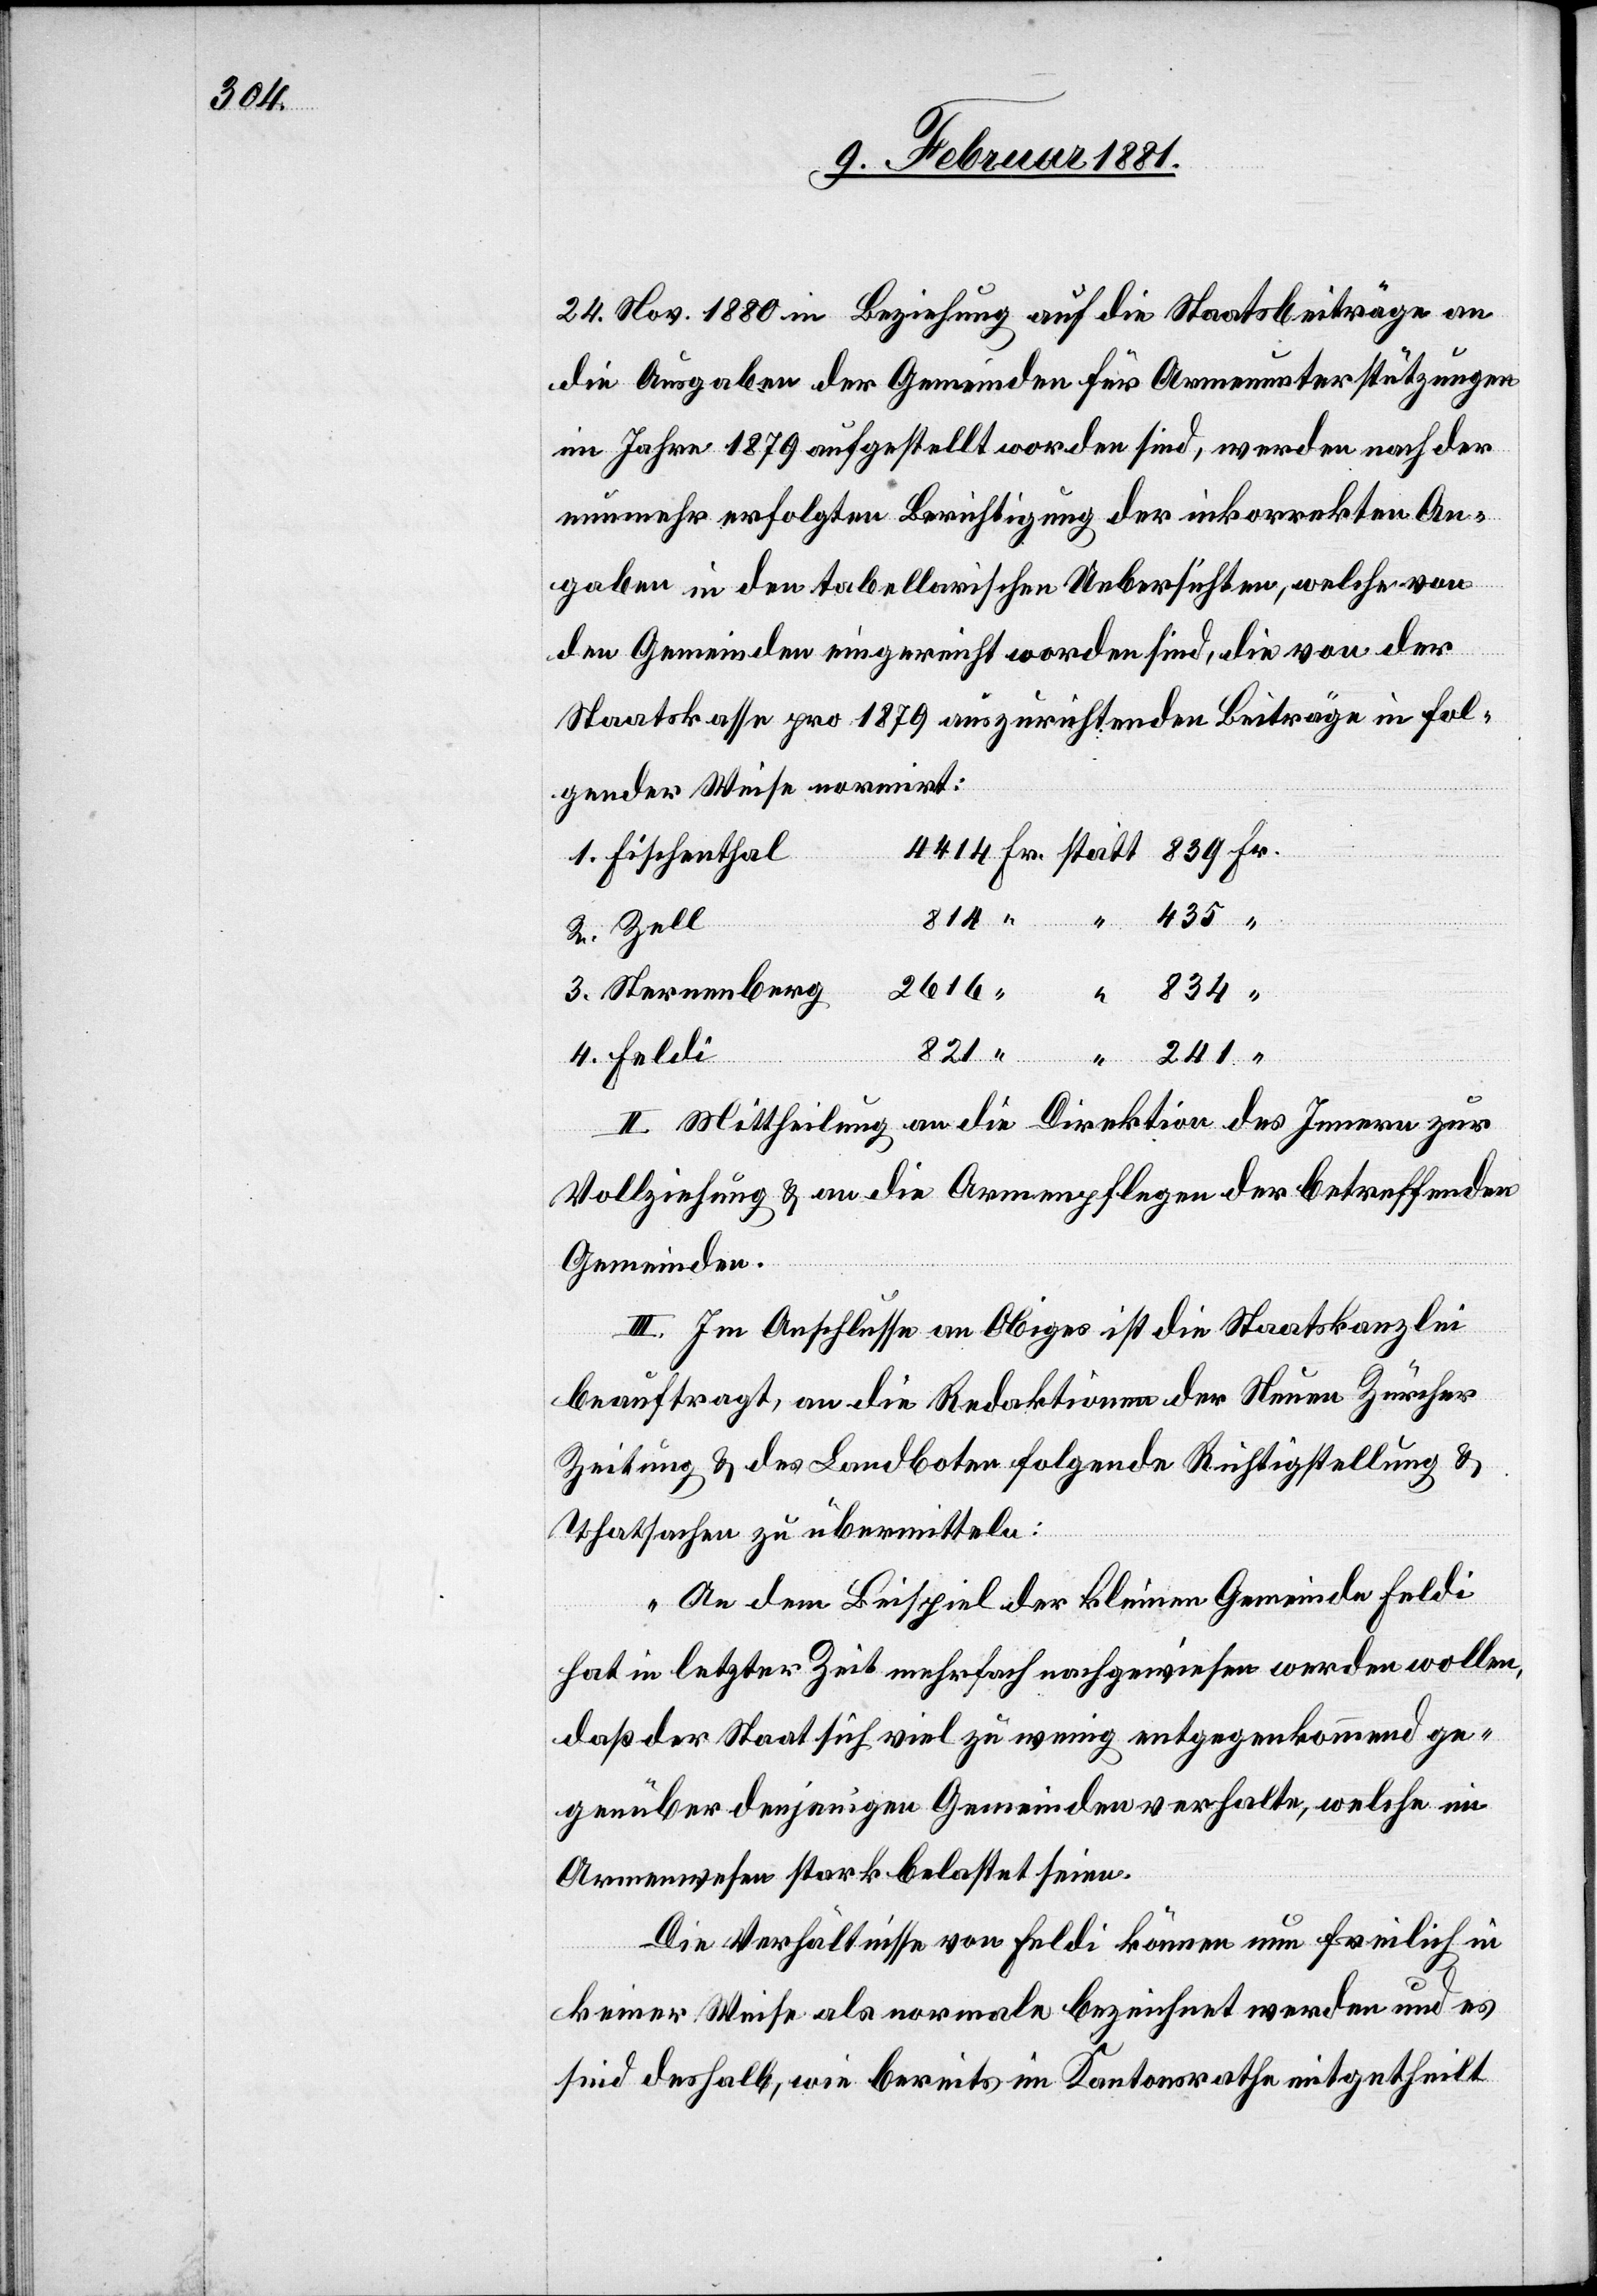
834

24. Nov. 1880 in Beziehung auf die Staatsbeiträge an
die Ausgaben der Gemeinden für Armenunterstützungen
im Jahre 1879 aufgestellt worden sind, werden nach der
nunmehr erfolgten Berichtigung der inkorrekten An¬
gaben in den tabellarischen Uebersichten, welche von
den Gemeinden eingereicht worden sind, die von der
Staatskasse pro 1879 auszurichtenden Beiträge in fol¬
gender Weise normirt:
Fischenthal
821
241
II. Mittheilung an die Direktion des Innern zur
Vollziehung & an die Armenpflege der betreffenden
Gemeinden.
III. Im Anschlusse an Obiges ist die Staatskanzlei
beauftragt, an die Redaktionen der Neuen Zürcher
Zeitung & des Landboten folgende Richtigstellung &
Sternenberg
Thatsachen zu übermitteln:
„An dem Beispiel der kleinen Gemeinde Feldi
hat letzter Zeit mehrfach nachgewiesen werden wollen,
daß der Staat sich viel zu wenig entgegenkommend ge¬
genüber denjenigen Gemeinden verhalte, welche im
Armenwesen stark belastet seien.
Die Verhältnisse von Feldi können nun freilich in
keiner Weise als normale bezeichnet werden und es
sind deshalb, wie bereits im Kantonsrathe mitgetheilt